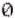
0